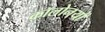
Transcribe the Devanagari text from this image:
कॉलोनयों